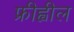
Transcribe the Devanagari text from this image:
फ्रीह्वील